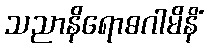
သညာနိရောဓဂါမိနိံ